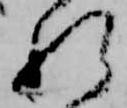
れ